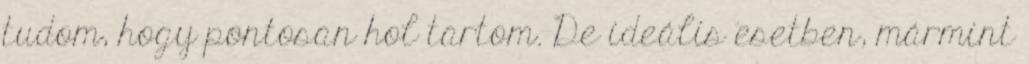
tudom, hogy pontosan hol tartom. De ideális esetben, mármint